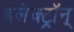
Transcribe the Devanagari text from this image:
इलेक्ट्रॉन्